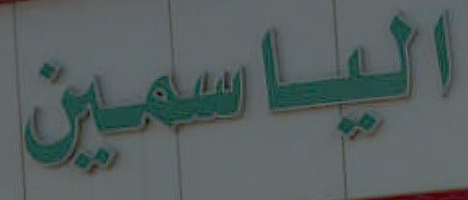
الياسمين